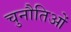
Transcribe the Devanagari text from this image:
चुनौतिओं